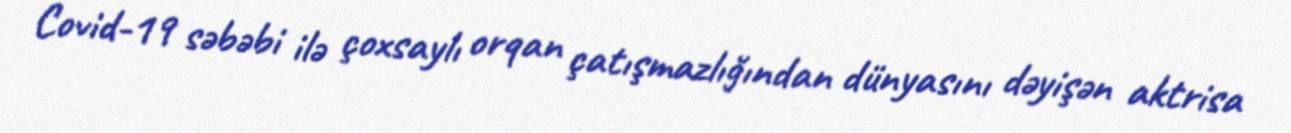
Covid-19 səbəbi ilə çoxsaylı orqan çatışmazlığından dünyasını dəyişən aktrisa